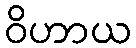
ဝိဟာယ